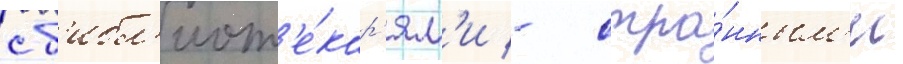
с б'ибл'иот'е́кар'ям'и - стра́нным'и